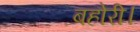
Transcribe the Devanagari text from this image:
बहोरी।